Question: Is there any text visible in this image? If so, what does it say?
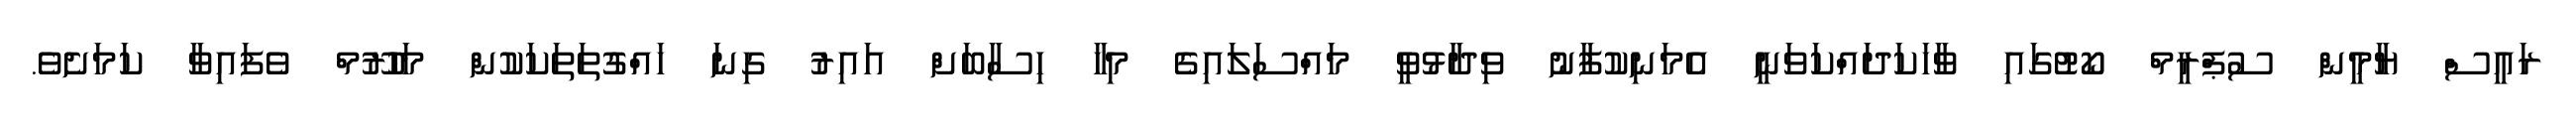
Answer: ރައީސް ޔާމީން ސުޕްރީމް ކޯޓުގައި ވާހަކަދައްކަވަނީ އެމަނިކުފާނު ވިދާޅުވީ މައްސަލައިގެ މިހާ ހިސާބަށް އައިރު ގިނަ ހައްގުތަތަކަކުން މަހުރޫމް ވެފައިވާ ކަމަށެވެ.